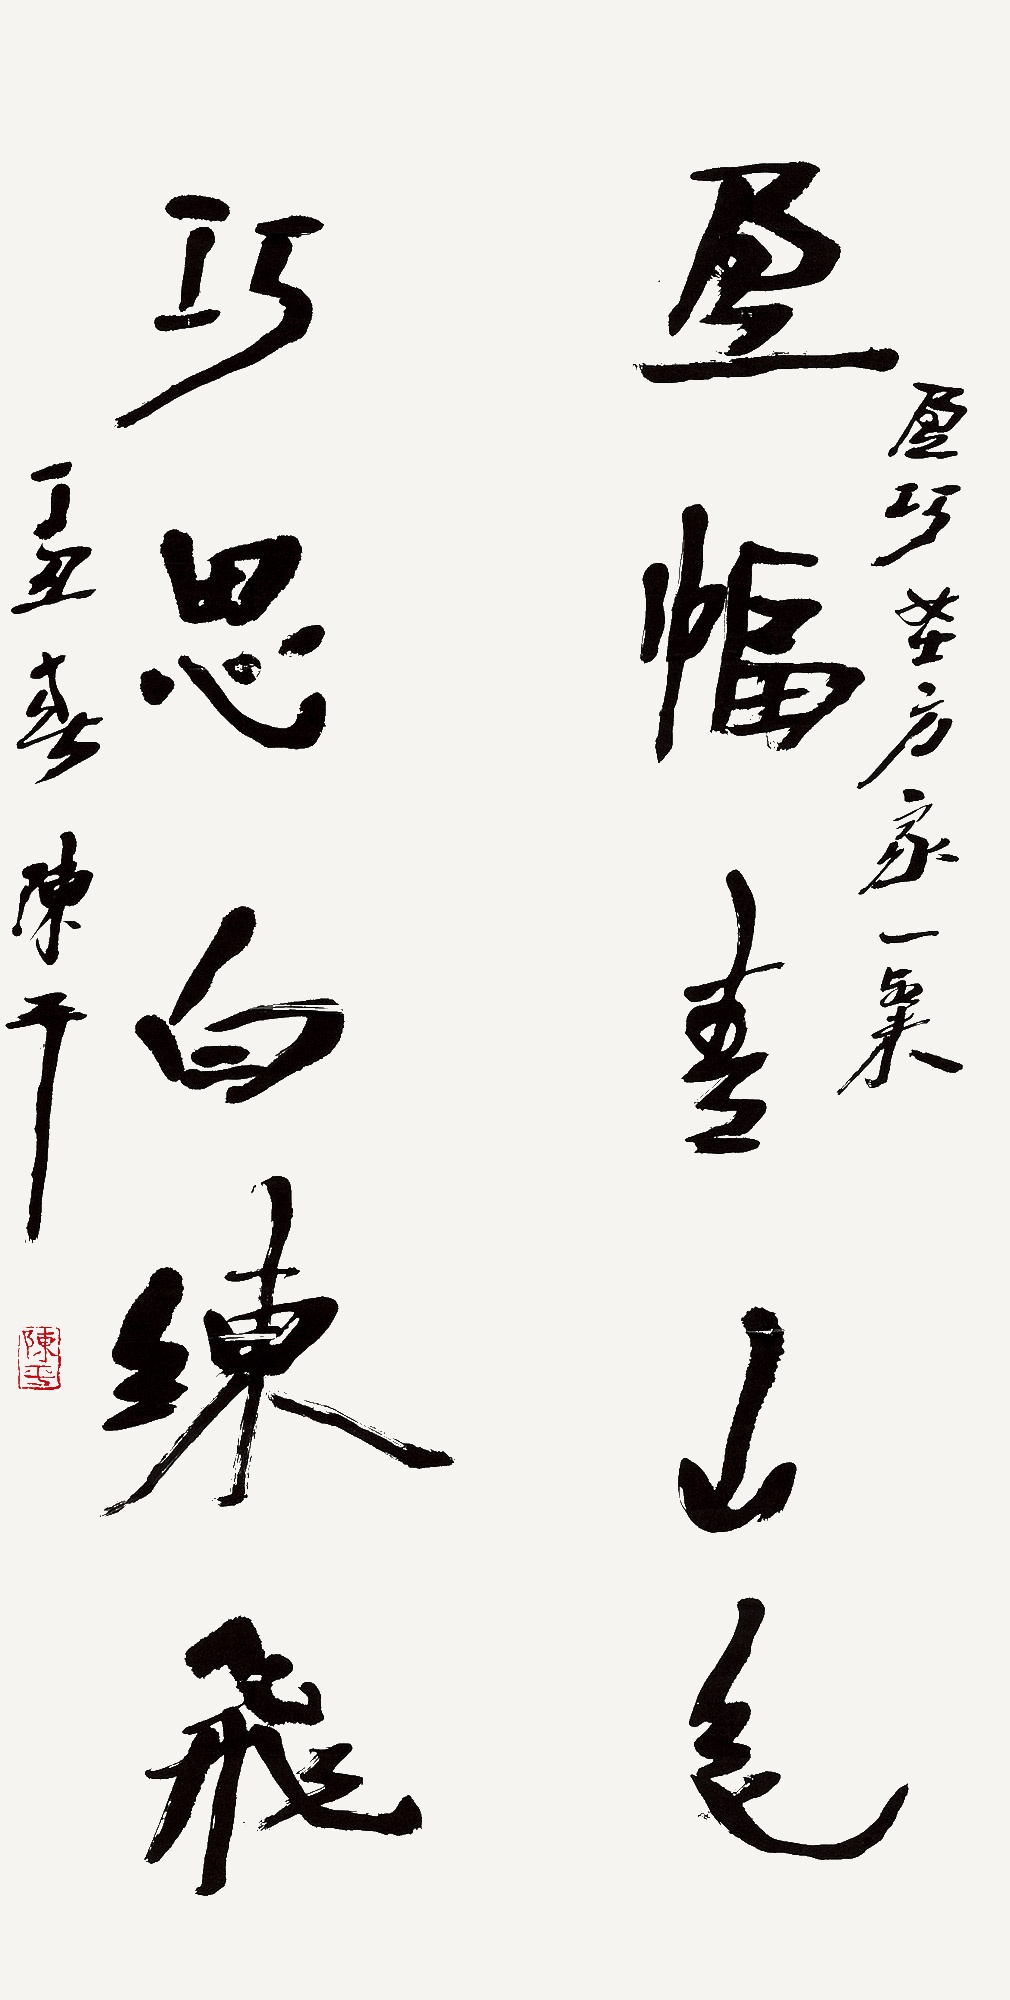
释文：盈幅春山色，巧思白练飞。盈巧女士方家一粲。丁丑春，陈平。